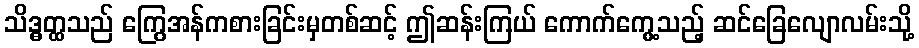
သိဒ္ဓတ္ထသည် ကြွေအန်ကစားခြင်းမှတစ်ဆင့် ဤဆန်းကြယ် ကောက်ကွေ့သည့် ဆင်ခြေလျောလမ်းသို့